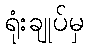
ရုံးချုပ်မှ